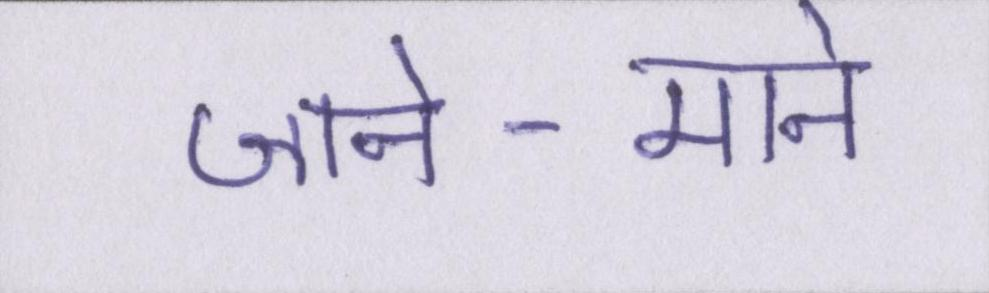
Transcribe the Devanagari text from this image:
जाने-माने